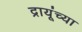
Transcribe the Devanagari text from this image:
द्रायूंच्या